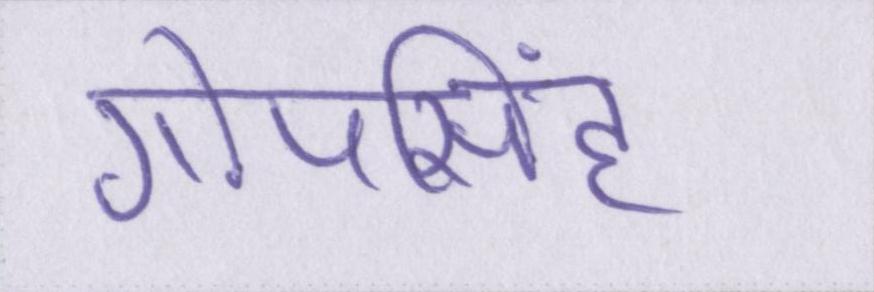
गोपसिंह